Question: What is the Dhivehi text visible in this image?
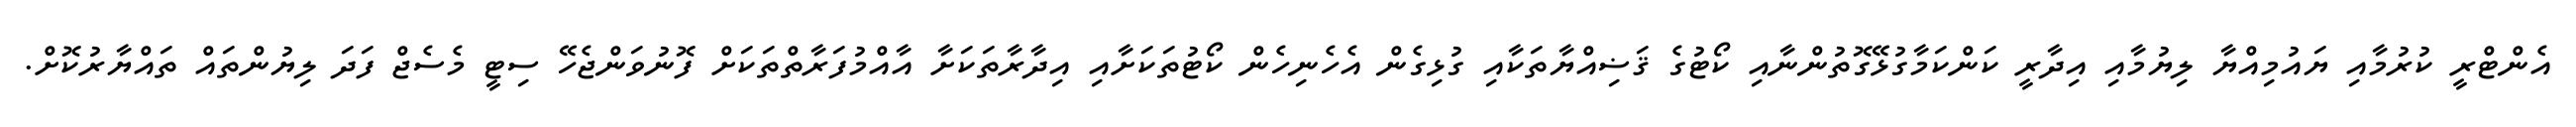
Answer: އެންޓްރީ ކުރުމާއި ޔައުމިއްޔާ ލިޔުމާއި އިދާރީ ކަންކަމާގުޅޭގޮތުންނާއި ކޯޓުގެ ޤަޟިއްޔާތަކާއި ގުޅިގެން އެހެނިހެން ކޯޓުތަކަށާއި އިދާރާތަކަށާ އާއްމުފަރާތްތަކަށް ފޮނުވަންޖެހޭ ސިޓީ މެސެޖް ފަދަ ލިޔުންތައް ތައްޔާރުކޮށް.